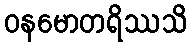
ဝနမောတရိဿသိ